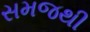
સમજથી